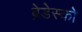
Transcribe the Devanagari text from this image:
ब्रेडेस्को